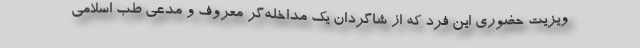
ویزیت حضوری این فرد که از شاگردان یک مداخله‌گر معروف و مدعی طب اسلامی